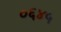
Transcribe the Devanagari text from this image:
०६४५